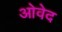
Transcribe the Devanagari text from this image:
ओवेद